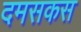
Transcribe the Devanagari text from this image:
दमसकस